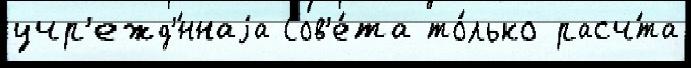
учр'ежд'́ннаjа Сов'е́та то́лько расч́та